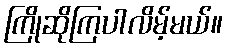
ကြိုဆိုကြပါလိမ့်မယ်။